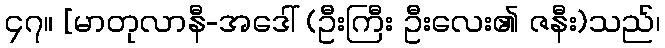
၄၇။ [မာတုလာနီ-အဒေါ် (ဦးကြီး ဦးလေး၏ ဇနီး)သည်၊